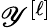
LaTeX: \mathscr{Y}^{\left[\ell\right]}